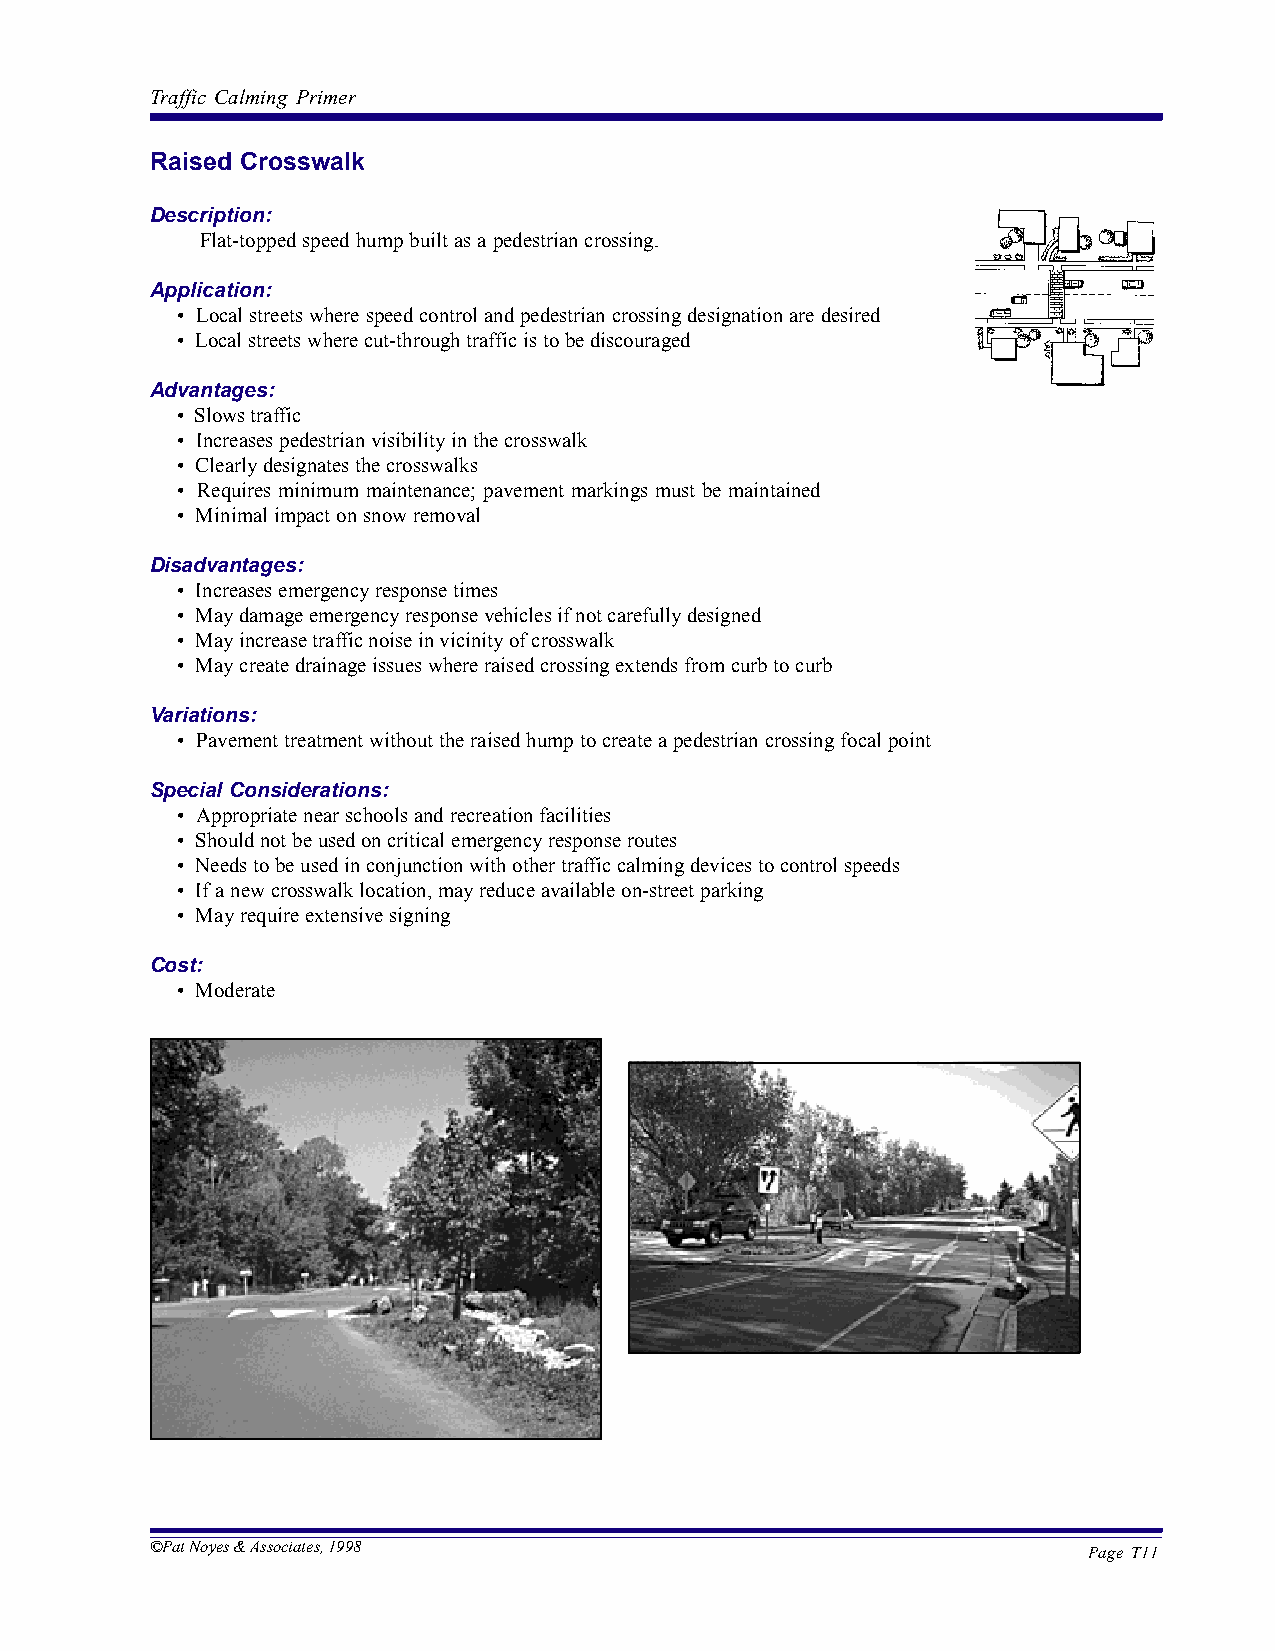
Traffic Calming Primer
 Raised Crosswalk
 Description:
 Flat-topped speed hump built as a pedestrian crossing.
 Application:
 • Local streets where speed control and pedestrian crossing designation are desired
 • Local streets where cut-through traffic is to be discouraged
 Advantages:
 • Slows traffic
 • Increases pedestrian visibility in the crosswalk
 • Clearly designates the crosswalks
 • Requires minimum maintenance; pavement markings must be maintained
 • Minimal impact on snow removal
 Disadvantages:
 • Increases emergency response times
 • May damage emergency response vehicles if not carefully designed
 • May increase traffic noise in vicinity of crosswalk
 • May create drainage issues where raised crossing extends from curb to curb
 Variations:
 • Pavement treatment without the raised hump to create a pedestrian crossing focal point
 Special Considerations:
 • Appropriate near schools and recreation facilities
 • Should not be used on critical emergency response routes
 • Needs to be used in conjunction with other traffic calming devices to control speeds
 • If a new crosswalk location, may reduce available on-street parking
 • May require extensive signing
 Cost:
 • Moderate
 ©Pat Noyes & Associates, 1998
 Page T11